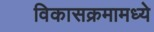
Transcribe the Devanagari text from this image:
विकासक्रमामध्ये